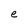
Character: e